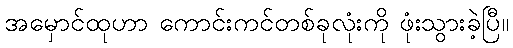
အမှောင်ထုဟာ ကောင်းကင်တစ်ခုလုံးကို ဖုံးသွားခဲ့ပြီ။